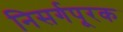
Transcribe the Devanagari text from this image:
निसर्गपूरक